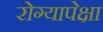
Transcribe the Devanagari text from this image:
रोग्यापेक्षा